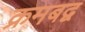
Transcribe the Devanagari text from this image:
क्रमबद्व